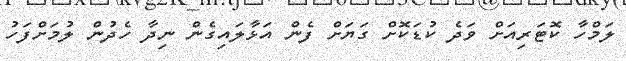
ލަމްހާ ކޮޓަރިއަށް ވަދެ ކުޑަކޮށް ގަޔަށް ފެން އަޅާލައިގެން ނިދާ ހެދުން ލުމަށްފަހު